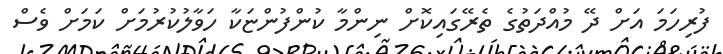
ފުރިހަމަ އަށް ދޭ މުއްދަތުގެ ތެރޭގައިކޮށް ނިންމާ ކުންފުންޏަކާ ހަވާލުކުރުމަށް ކަމަށް ވެސް